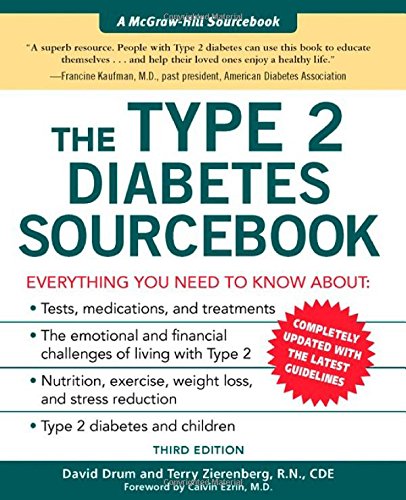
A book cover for The Type 2 Diabetes Sourcebook (Sourcebooks); David Drum; Health, Fitness & Dieting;